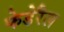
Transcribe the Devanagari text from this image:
फेडेरैल